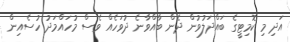
އަދި މި ކޮމިޓީގެ ބައްދަލުވުން ދެން ބާއްވާނެ ދުވަހެއް ވެސް މުހައްމަދު ހުސެއިން